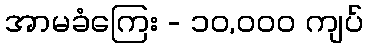
အာမခံကြေး - ၁၀,၀၀၀ ကျပ်